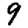
Digit: 9